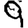
Digit: 9